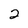
Character: 2